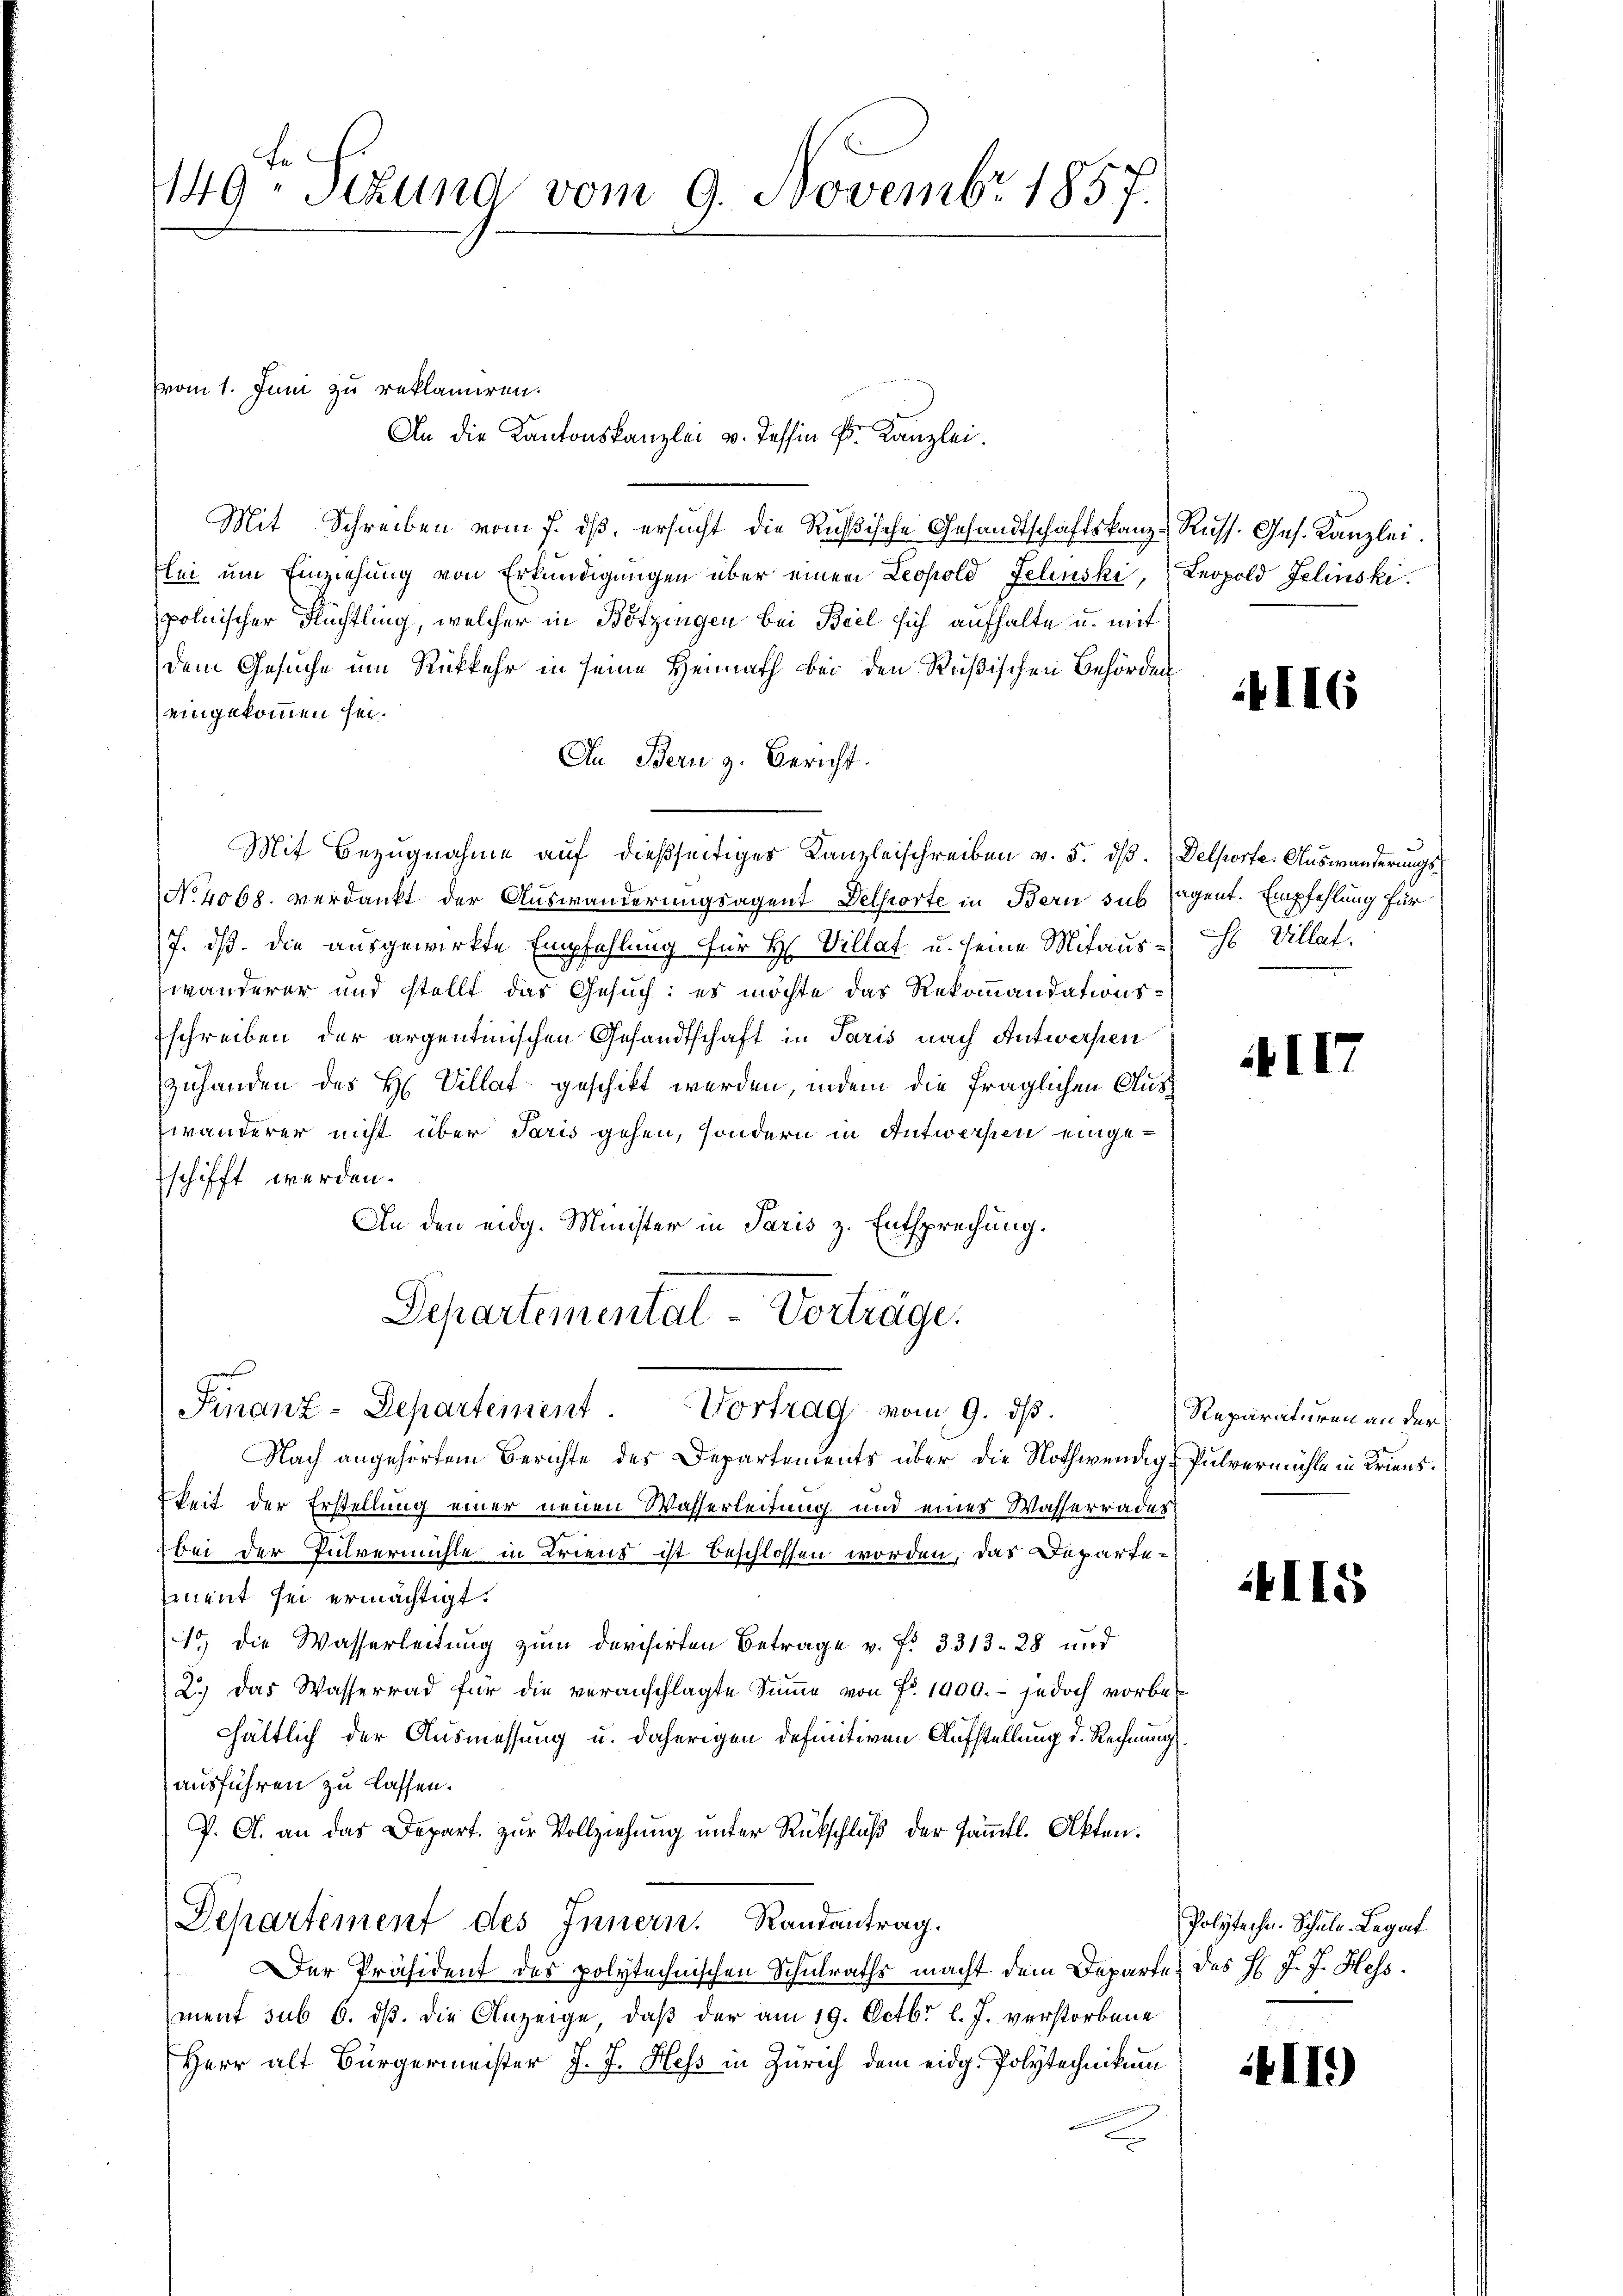
149. Sitzung vom 9. Novembr 1857.

Mit Schreiben vom 7. dβ, ersŭcht die Rußische Gesandtschaftskanz-Russ. Ges. Kanzlei.
lei um Einziehung von Erkundigungen über einem Leopold Felinski, Leopold Jelinski.
polnischer Flüchtling, welcher in Bötzingen bei Biel sich aufhalte u. mit
dem Gesuche um Rückkehr in seine Heimath bei den Rußischen Behörden
eingekommen sei.
An Bern z. Bericht.
Mit Bezugnahme auf dießseitiges Kanzleischreiben v. 5. dß. Delporte: Auswanderungs¬
No. 4068. verdankt der Auswanderungsagent Delsorte in Bern sub sagent. Empfehlung für
7. ds. die ausgewirkte Empfehlung für H. Villat u. seine Mitauses Villat.
wänderer und stellt das Gesuch: es möchte das Rekommandationsschreiben der argentinischen Gesandtschaft in Paris nach Antworfen
zuhanden des H. Villat geschikt werden, indem die fraglichen Auswanderer nicht über Paris gehen, sondern in Antwerfen eingeschifft werden.
An den eidg. Minister in Paris z. Entsprechung.
Departemental-Vorträge.
Finanz-Departement. Vortrag vom 9. ds.
Nach angehörtem Berichte des Departements über die Nothwendig-Pulvermühle in Kriens.
keit der Erstellung einer neuen Wasserleitung und eines Wasserrades
bei der Pulvermühle in Kriens ist beschlossen worden, das Departe¬
Emnent sei ermächtigt.
1) die Wasserleitung zum darchirten Betrage v. P. 3313. 28 und
2.) Das Wasserrad für die veranschlagte Sŭṁe von Fr. 1900.- jedoch vorbehhältlich der Ausmessung u. daherigen definitiven Aufstellung d. Rechnung
ausführen zu lassen.
J. A. an das Depart. zur Vollziehung unter Rückschluß der sämtl. Akten.
Departement des Innern. Randantrag.
Der Präsident des polytechnischen Schulraths macht dem Departe des H. J. J. Hess.
ment sub 6. dß. die Anzeige, daß der am 19. Octbr l. J. verstorbene
Herr alt Bürgermeister J. J. Hess in Zürich dem eidg. Polytechnikum

vom 1. Juni zu reklamiren.

An die Kantonskanzlei v. Tessin Fr. Kanzlei.

4116

XII

Reparaturen an der

II5

Polytechn. Schule Legat

4111)